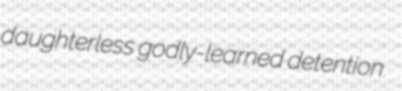
daughterless godly-learned detention